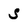
Character: S